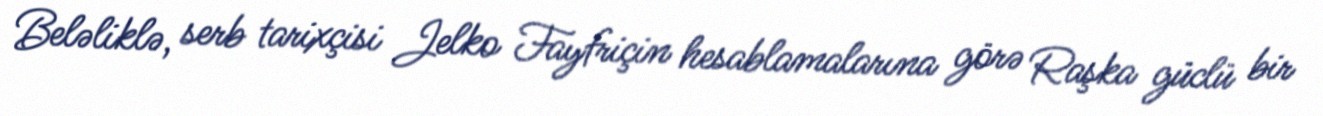
Beləliklə, serb tarixçisi Jelko Fayfriçin hesablamalarına görə Raşka güclü bir